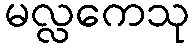
မလ္လကေသု